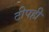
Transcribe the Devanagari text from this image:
टीपही